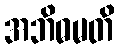
အဘိဓမတိ